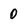
Character: 0